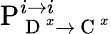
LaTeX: \mathrm{P}_{\mathrm{~D~}^{x}\rightarrow\mathrm{~C~}^{x}}^{i\rightarrow i}